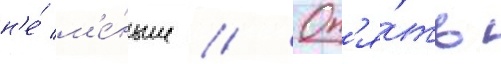
н'е́ м'е́ньше // Оп'я́ть